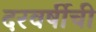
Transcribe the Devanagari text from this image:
दरवर्षीची